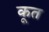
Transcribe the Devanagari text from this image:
कूत